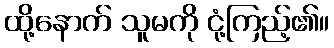
ထို့နောက် သူမကို ငုံ့ကြည့်၏။